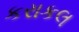
કરાકલ